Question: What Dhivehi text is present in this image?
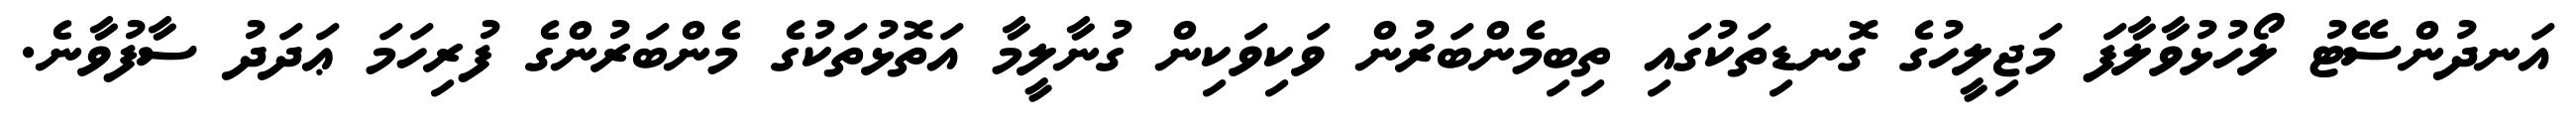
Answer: އަނދުންސޭޓު ލޯހުޅުވާލާފަ މަޖިލީހުގެ ގޮނޑިތަކުގައި ތިބިމެންބަރުން ވަކިވަކިން ގުނާލީމާ އަތޮޅުތަކުގެ މެންބަރުންގެ ފުރިހަމަ ޢަދަދު ސާފުވާނެ.